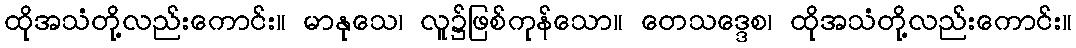
ထိုအသံတို့လည်းကောင်း။ မာနုသေ၊ လူ၌ဖြစ်ကုန်သော။ တေသဒ္ဒေစ၊ ထိုအသံတို့လည်းကောင်း။